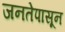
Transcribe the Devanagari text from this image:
जनतेपासून